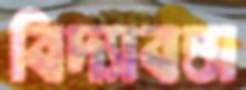
বিদ্যাবত্তা